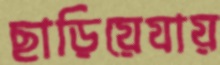
ছাড়িয়েযায়